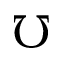
\mho